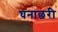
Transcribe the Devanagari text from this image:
घनाछरी